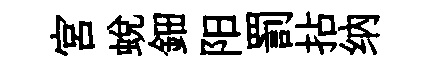
宮蛻鈿阳罰拈纳